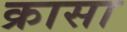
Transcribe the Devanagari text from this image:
क्रासा